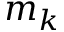
m _ { k }